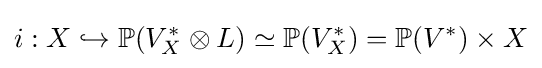
i:X\hookrightarrow \mathbb {P} (V_{X}^{*}\otimes L)\simeq \mathbb {P} (V_{X}^{*})=\mathbb {P} (V^{*})\times X